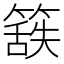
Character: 𮆃